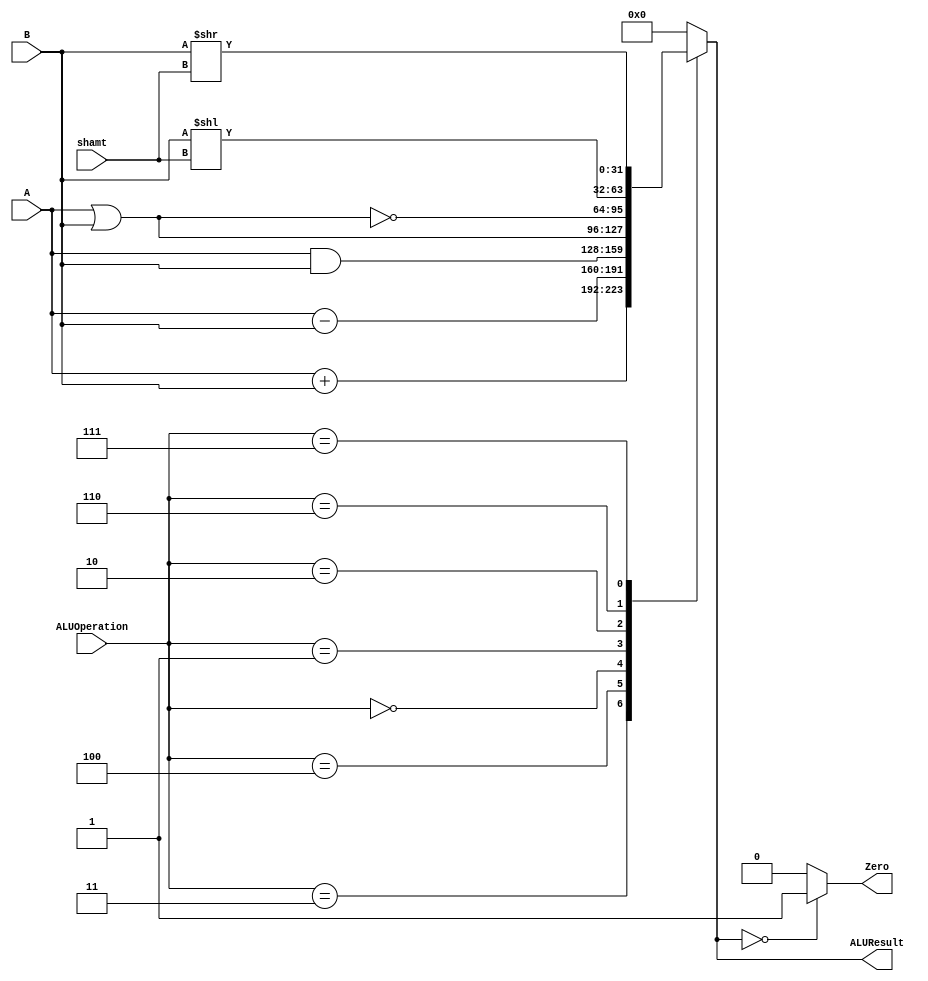


module ALU 
(
	input [3:0] ALUOperation,
	input [31:0] A,
	input [31:0] B,
	input [4:0] shamt,
	output reg Zero,
	output reg [31:0]ALUResult
);

localparam AND = 4'b0000;
localparam OR  = 4'b0001;
localparam NOR = 4'b0010;
localparam ADD = 4'b0011;
localparam SUB = 4'b0100;
localparam SLL = 4'b0110;
localparam SRL = 4'b0111;



   
   always @ (A or B or ALUOperation)
     begin
		case (ALUOperation)
		
		  ADD: // add
			ALUResult= A + B;
		  SUB: // sub
			ALUResult=A - B;
		   AND: //add
			ALUResult = A & B;
			OR://or
			ALUResult= A | B;
			NOR://nor
			ALUResult= ~(A|B);
			SLL:
			ALUResult= B<< shamt;
			SRL:
			ALUResult= B>> shamt;
			
			
			
			
			

		default:
			ALUResult= 0;
		endcase // case(control)
		Zero = (ALUResult==0) ? 1'b1 : 1'b0;
     end // always @ (A or B or control)
endmodule // ALU